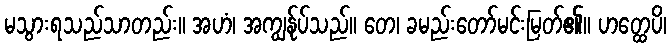
မသွားရသည်သာတည်း။ အဟံ၊ အကျွန်ုပ်သည်။ တေ၊ ခမည်းတော်မင်းမြတ်၏။ ဟတ္ထေပိ၊